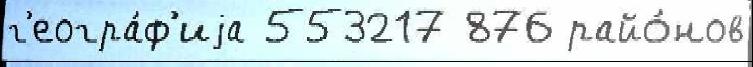
г'еогра́ф'иjа 553217 876 райо́нов